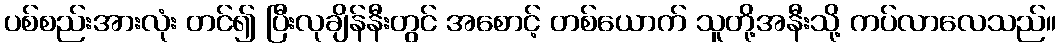
ပစ်စည်းအားလုံး တင်၍ ပြီးလုချိန်နီးတွင် အစောင့် တစ်ယောက် သူတို့အနီးသို့ ကပ်လာလေသည်။